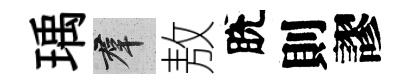
瑀群敖脫則謬